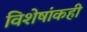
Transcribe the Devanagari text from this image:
विशेषांकही